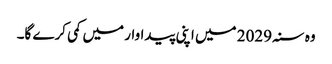
وہ سنہ 2029 میں اپنی پیداوار میں کمی کرے گا۔